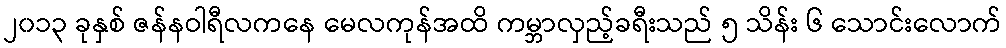
၂၀၁၃ ခုနှစ် ဇန်နဝါရီလကနေ မေလကုန်အထိ ကမ္ဘာလှည့်ခရီးသည် ၅ သိန်း ၆ သောင်းလောက်